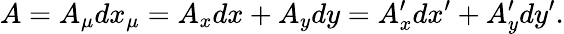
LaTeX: A=A_{\mu}dx_{\mu}=A_{x}dx+A_{y}dy=A_{x}^{\prime}dx^{\prime}+A_{y}^{\prime}dy^{\prime}.